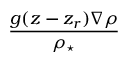
\frac { g ( z - z _ { r } ) \nabla \rho } { \rho _ { \star } }